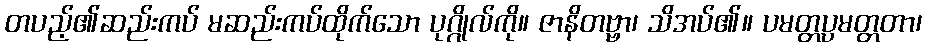
တပည့်၏ဆည်းကပ် မဆည်းကပ်ထိုက်သော ပုဂ္ဂိုလ်ကို။ ဇာနိတဗ္ဗာ၊ သိအပ်၏။ ပမတ္တပ္ပမတ္တတာ၊